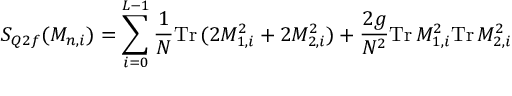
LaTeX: S _ { Q 2 f } ( M _ { n , i } ) = \sum _ { i = 0 } ^ { L - 1 } \frac { 1 } { N } \mathrm { T r } \, ( 2 M _ { 1 , i } ^ { 2 } + 2 M _ { 2 , i } ^ { 2 } ) + \frac { 2 g } { N ^ { 2 } } \mathrm { T r } \, M _ { 1 , i } ^ { 2 } \mathrm { T r } \, M _ { 2 , i } ^ { 2 }